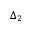
\Delta _ { 2 }